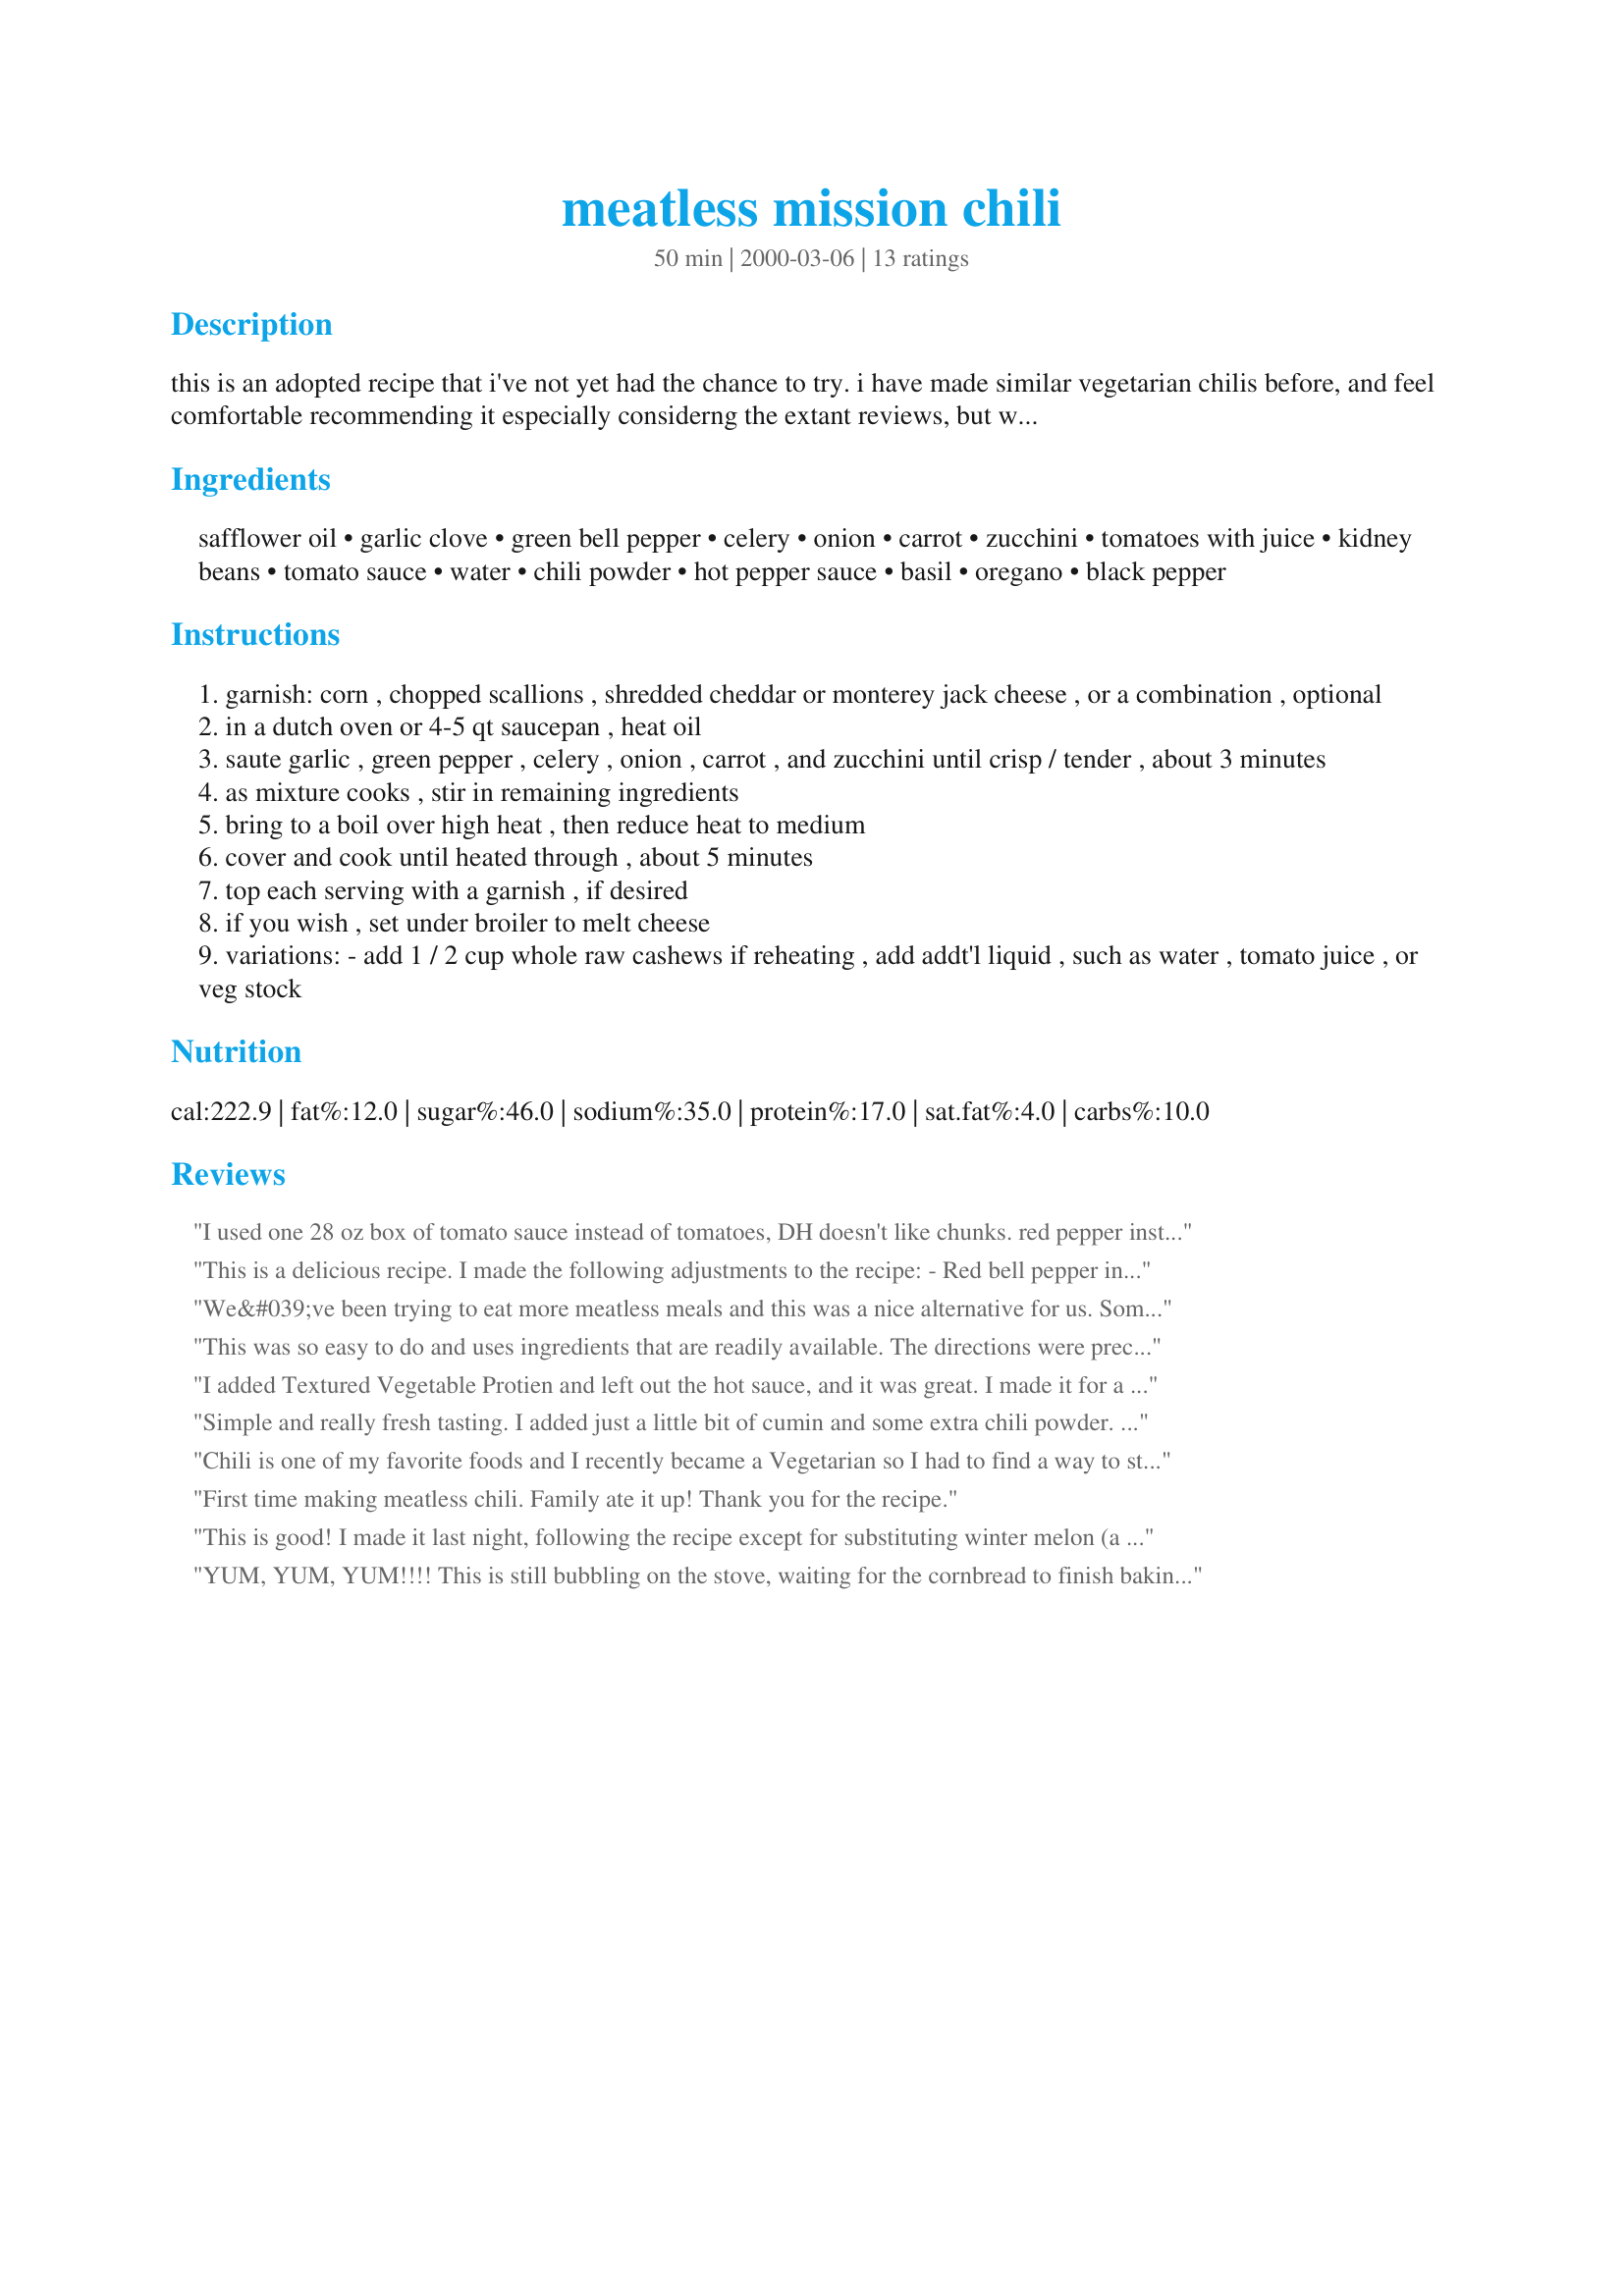
meatless mission chili
Preparation time: 50 minutes

this is an adopted recipe that i've not yet had the chance to try. i have made similar vegetarian chilis before, and feel comfortable recommending it especially considerng the extant reviews, but would love more feedback from anyone else who might get to it before i do. thanks!

Ingredients:
safflower oil, garlic clove, green bell pepper, celery, onion, carrot, zucchini, tomatoes with juice, kidney beans, tomato sauce, water, chili powder, hot pepper sauce, basil, oregano, black pepper

Steps:
garnish: corn , chopped scallions , shredded cheddar or monterey jack cheese , or a combination , optional
in a dutch oven or 4-5 qt saucepan , heat oil
saute garlic , green pepper , celery , onion , carrot , and zucchini until crisp / tender , about 3 minutes
as mixture cooks , stir in remaining ingredients
bring to a boil over high heat , then reduce heat to medium
cover and cook until heated through , about 5 minutes
top each serving with a garnish , if desired
if you wish , set under broiler to melt cheese
variations: - add 1 / 2 cup whole raw cashews if reheating , add addt'l liquid , such as water , tomato juice , or veg stock

Reviews:
I used one 28 oz box of tomato sauce instead of tomatoes, DH doesn't like chunks. red pepper instead of green, for milder taste, added fresh corn right to the pot. Instead of a little water, I added 2 cups vegetable stock. And we can't have chili with cumin, a lot of cumin, probably 2 tbs. simmered for 3 hours, wonderful, will make again
This is a delicious recipe. I made the following adjustments to the recipe:
- Red bell pepper instead of green
- No zucchini
- I made this with 4 cans of beans - 3 cans of red kidney beans, and 1 of black beans.
- Increased the amount of oregano
- Added cumin powder & paprika (to taste)
- No basil
- No tomato sauce

Also, I simmered this for 2.5 hours.
We&#039;ve been trying to eat more meatless meals and this was a nice alternative for us. Some comments: you don&#039;t need a huge pot for this, a two quart pan is more than sufficient. I first sauteed the celery, carrot and onion, then added the red pepper and garlic. Once these were softened, I pushed them to the side and added the chili powder and a little cumin. Putting the spices into the hot oil film helps them bloom - enhances the flavor. I then added the tomatoes - also used the tomato and chili pepper product. I did not use zucchini as the market had none - a real shock, but that&#039;s what it was. I let it simmer for about 15 minutes, I think. Topped with shredded cheese and served with cheese quesadillas. I&#039;m sitting here quite satisfied with my lunch!
This was so easy to do and uses ingredients that are readily available. The directions were precise and easy to follow. I used 2 gloves of garlic, a can of drained and rinsed black beans and extra water. This is a very good veggie chili with very little effort. Thanks so much for sharing this!
I added Textured Vegetable Protien and left out the hot sauce, and it was great. I made it for a skate with Santa afternoon at our community center. Everyone really enjoyed it and eat it all up. Thanks!
Simple and really fresh tasting. I added just a little bit of cumin and some extra chili powder. Thanks for sharing this healthy, tasty and unique chili recipe.
Chili is one of my favorite foods and I recently became a Vegetarian so I had to find a way to still have it. I made a few changes though. I did a whole white onion, added Rotel tomatoes and green chilies, did a can of kidney beans, a can of Northern beans, omitted the bell pepper, and used a chili seasoning packet instead of chili powder. I&#039;m letting it simmer for a couple of hours to develop the flavors. I&#039;m so excited to eat some of it. I tasted it and its awesome so far. Thanks for the amazing recipe.
First time making meatless chili. Family ate it up! Thank you for the recipe.
This is good! I made it last night, following the recipe except for substituting winter melon (a very bland vegetable) for the zucchini, which is hard to get here. I was a little doubtful about the cooking times, but found them to be good. The crunch of the carrot and celery that is left adds a pleasant texture to the dish. Thank you very much for sharing this recipe.
YUM, YUM, YUM!!!! This is still bubbling on the stove, waiting for the cornbread to finish baking, and I think I've eaten half of it from the pot! I love the mix of seasonings! I had to omit the bell pepper and the zucchini because I don't have them today, and I also used a can of Rotel tomatoes with lime and cilantro since that's what I had. The rest of the mix I followed exactly, and BOY is it delicious! So easy, too, and uses ingredients I *almost* always have on hand. Thanks for this great meatless option! We'll be making this often this fall. :)
Extant reviews were accurate. With no small irony, as two vegetarians, we must congratulate RedMeatGirl for posting the most wonderful meatless chili we have ever tried. We also noted that this chef is responsible for posting numerous vegetarian recipes so don't be put off by the somewhat misleading name. BF loves chili, so he makes it a lot and therefore I tend to get tired of it, but this was simply too good to resist. I did halve the oil (used olive) and the jar of tomatoes I used was purported to be "fresher than canned." Very fresh tasting, anyway, with all the fresh vegetables which made a truly memorable meal! I was hoping to bring some in to work for lunch the next day but the two of us ate it all last night:( Well anyway, thank you very much, I will be making this again.
This was amazing chili! I doubled it so I'd have leftovers and am wishing now that I had made more. A couple of changes: I used olive oil instead of safflower, red & yellow bell peppers instead of green, and fresh tomatoes instead of canned. I didn't add the hot sauce and only 1 out of 3 people eating added it. Yum!
I really enjoyed this recipe. I used pinto beans, because that was what I had on hand, and topped it with sharp cheddar. Very good.
